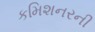
કમિશનરની